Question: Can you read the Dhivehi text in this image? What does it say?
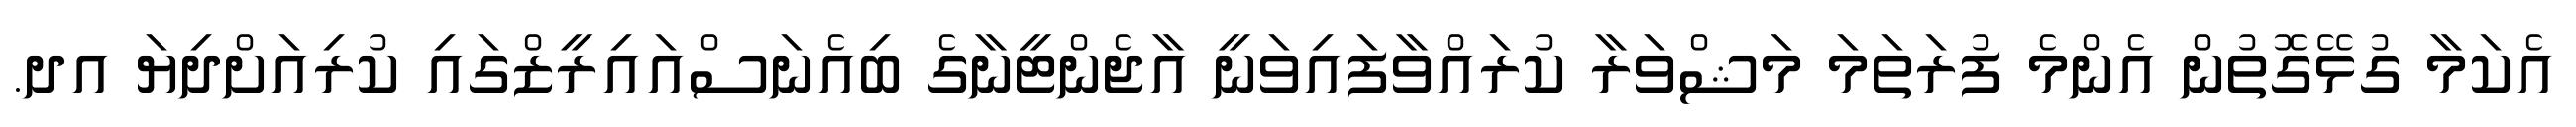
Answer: އެކަމާ ގުޅޭގޮތުން އެންމެ ފުރަތަމަ މަޝްވަރާ ކުރައްވާފައިވަނީ އާޖެންޓީނާގެ ބިއެނަސްއައިރީޒްގައި ކުރިއަށްދިޔަ އދ.